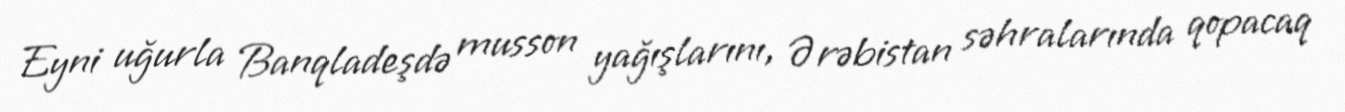
Eyni uğurla Banqladeşdə musson yağışlarını, Ərəbistan səhralarında qopacaq